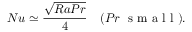
N u \simeq \frac { \sqrt { R a P r } } { 4 } \quad ( P r \ \textrm { s m a l l } ) .